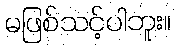
မဖြစ်သင့်ပါဘူး။